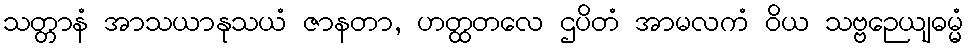
သတ္တာနံ အာသယာနုသယံ ဇာနတာ, ဟတ္ထတလေ ဌပိတံ အာမလကံ ဝိယ သဗ္ဗဉေယျဓမ္မံ